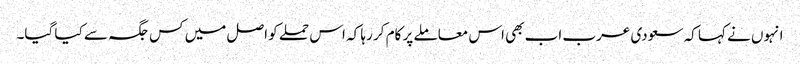
انہوں نے کہا کہ سعودی عرب اب بھی اس معاملے پر کام کر رہا کہ اس حملے کو اصل میں کس جگہ سے کیا گیا۔